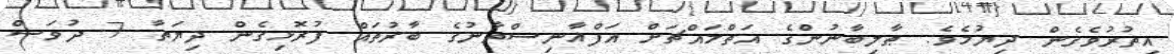
އިތުރުވެގެން ދިޔުމެވެ. ޠާލިބާނުންގެ އަތްމައްޗަށް އަފްޣާނިސްތާނުގެ ބާރުތައް ފުރޮޅިގެން ދިޔަތާ 7 ދުވަސް